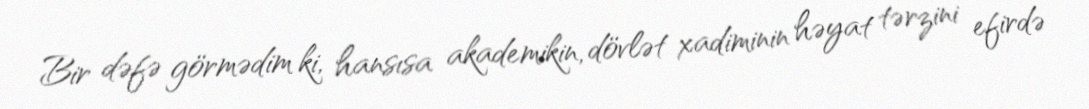
Bir dəfə görmədim ki, hansısa akademikin, dövlət xadiminin həyat tərzini efirdə